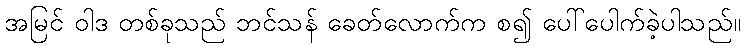
အမြင် ဝါဒ တစ်ခုသည် ဘင်သန် ခေတ်လောက်က စ၍ ပေါ်ပေါက်ခဲ့ပါသည်။